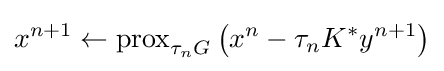
x^{n+1}\leftarrow {\text{prox}}_{\tau _{n}G}\left(x^{n}-\tau _{n}K^{*}y^{n+1}\right)